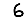
Digit: 6